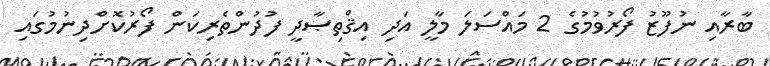
ބާރާއި ނުފޫޒު ފޯރުވުމުގެ 2 މައްސަލަ މާލީ އަދި އިޤްތިޞާދީ ފުދުންތެރިކަން ފޯރުކޮށްދިނުމުގައި